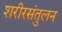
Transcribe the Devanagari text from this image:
शरीरसंतुलन